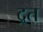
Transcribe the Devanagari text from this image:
द्रत